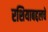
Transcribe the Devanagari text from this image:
रशियाबद्दलचे